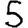
Digit: 5